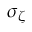
\sigma _ { \zeta }